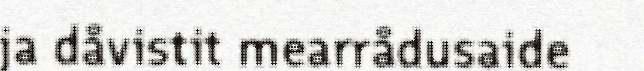
ja dåvistit mearrådusaide